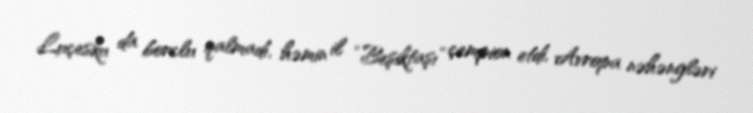
Luçesku da borclu qalmadı, həmin il “Beşiktaşı” çempion etdi, Avropa nəhəngləri